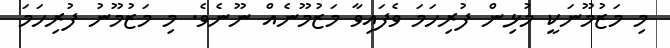
މި މަޒުމޫނަކީ މުޅިން ފުރިހަމަ ވެފައިވާ މަޒުމޫނެއް ނޫނެވެ. މި މަޒުމޫނު ފުރިހަމަ